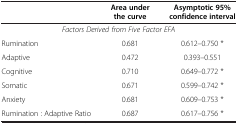
<table><thead><tr><td><b> </b></td><td><b>Area under the curve</b></td><td><b>Asymptotic 95% confidence interval</b></td></tr></thead><tbody><tr><td colspan="3"><i>Factors Derived from Five Factor EFA</i></td></tr><tr><td>Rumination</td><td>0.681</td><td>0.612–0.750 *</td></tr><tr><td>Adaptive</td><td>0.472</td><td>0.393–0.551</td></tr><tr><td>Cognitive</td><td>0.710</td><td>0.649–0.772 *</td></tr><tr><td>Somatic</td><td>0.671</td><td>0.599–0.742 *</td></tr><tr><td>Anxiety</td><td>0.681</td><td>0.609–0.753 *</td></tr><tr><td>Rumination : Adaptive Ratio</td><td>0.687</td><td>0.617–0.756 *</td></tr></tbody></table>